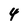
Character: 4